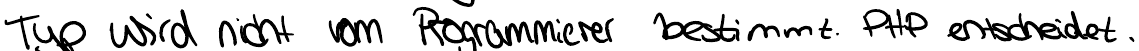
Typ wird nicht vom Programmierer bestimmt. PHP entscheidet.